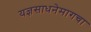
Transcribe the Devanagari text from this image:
यज्ञसाधनेमागचा